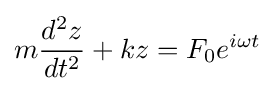
m{\frac {d^{2}z}{dt^{2}}}+kz=F_{0}e^{i\omega t}